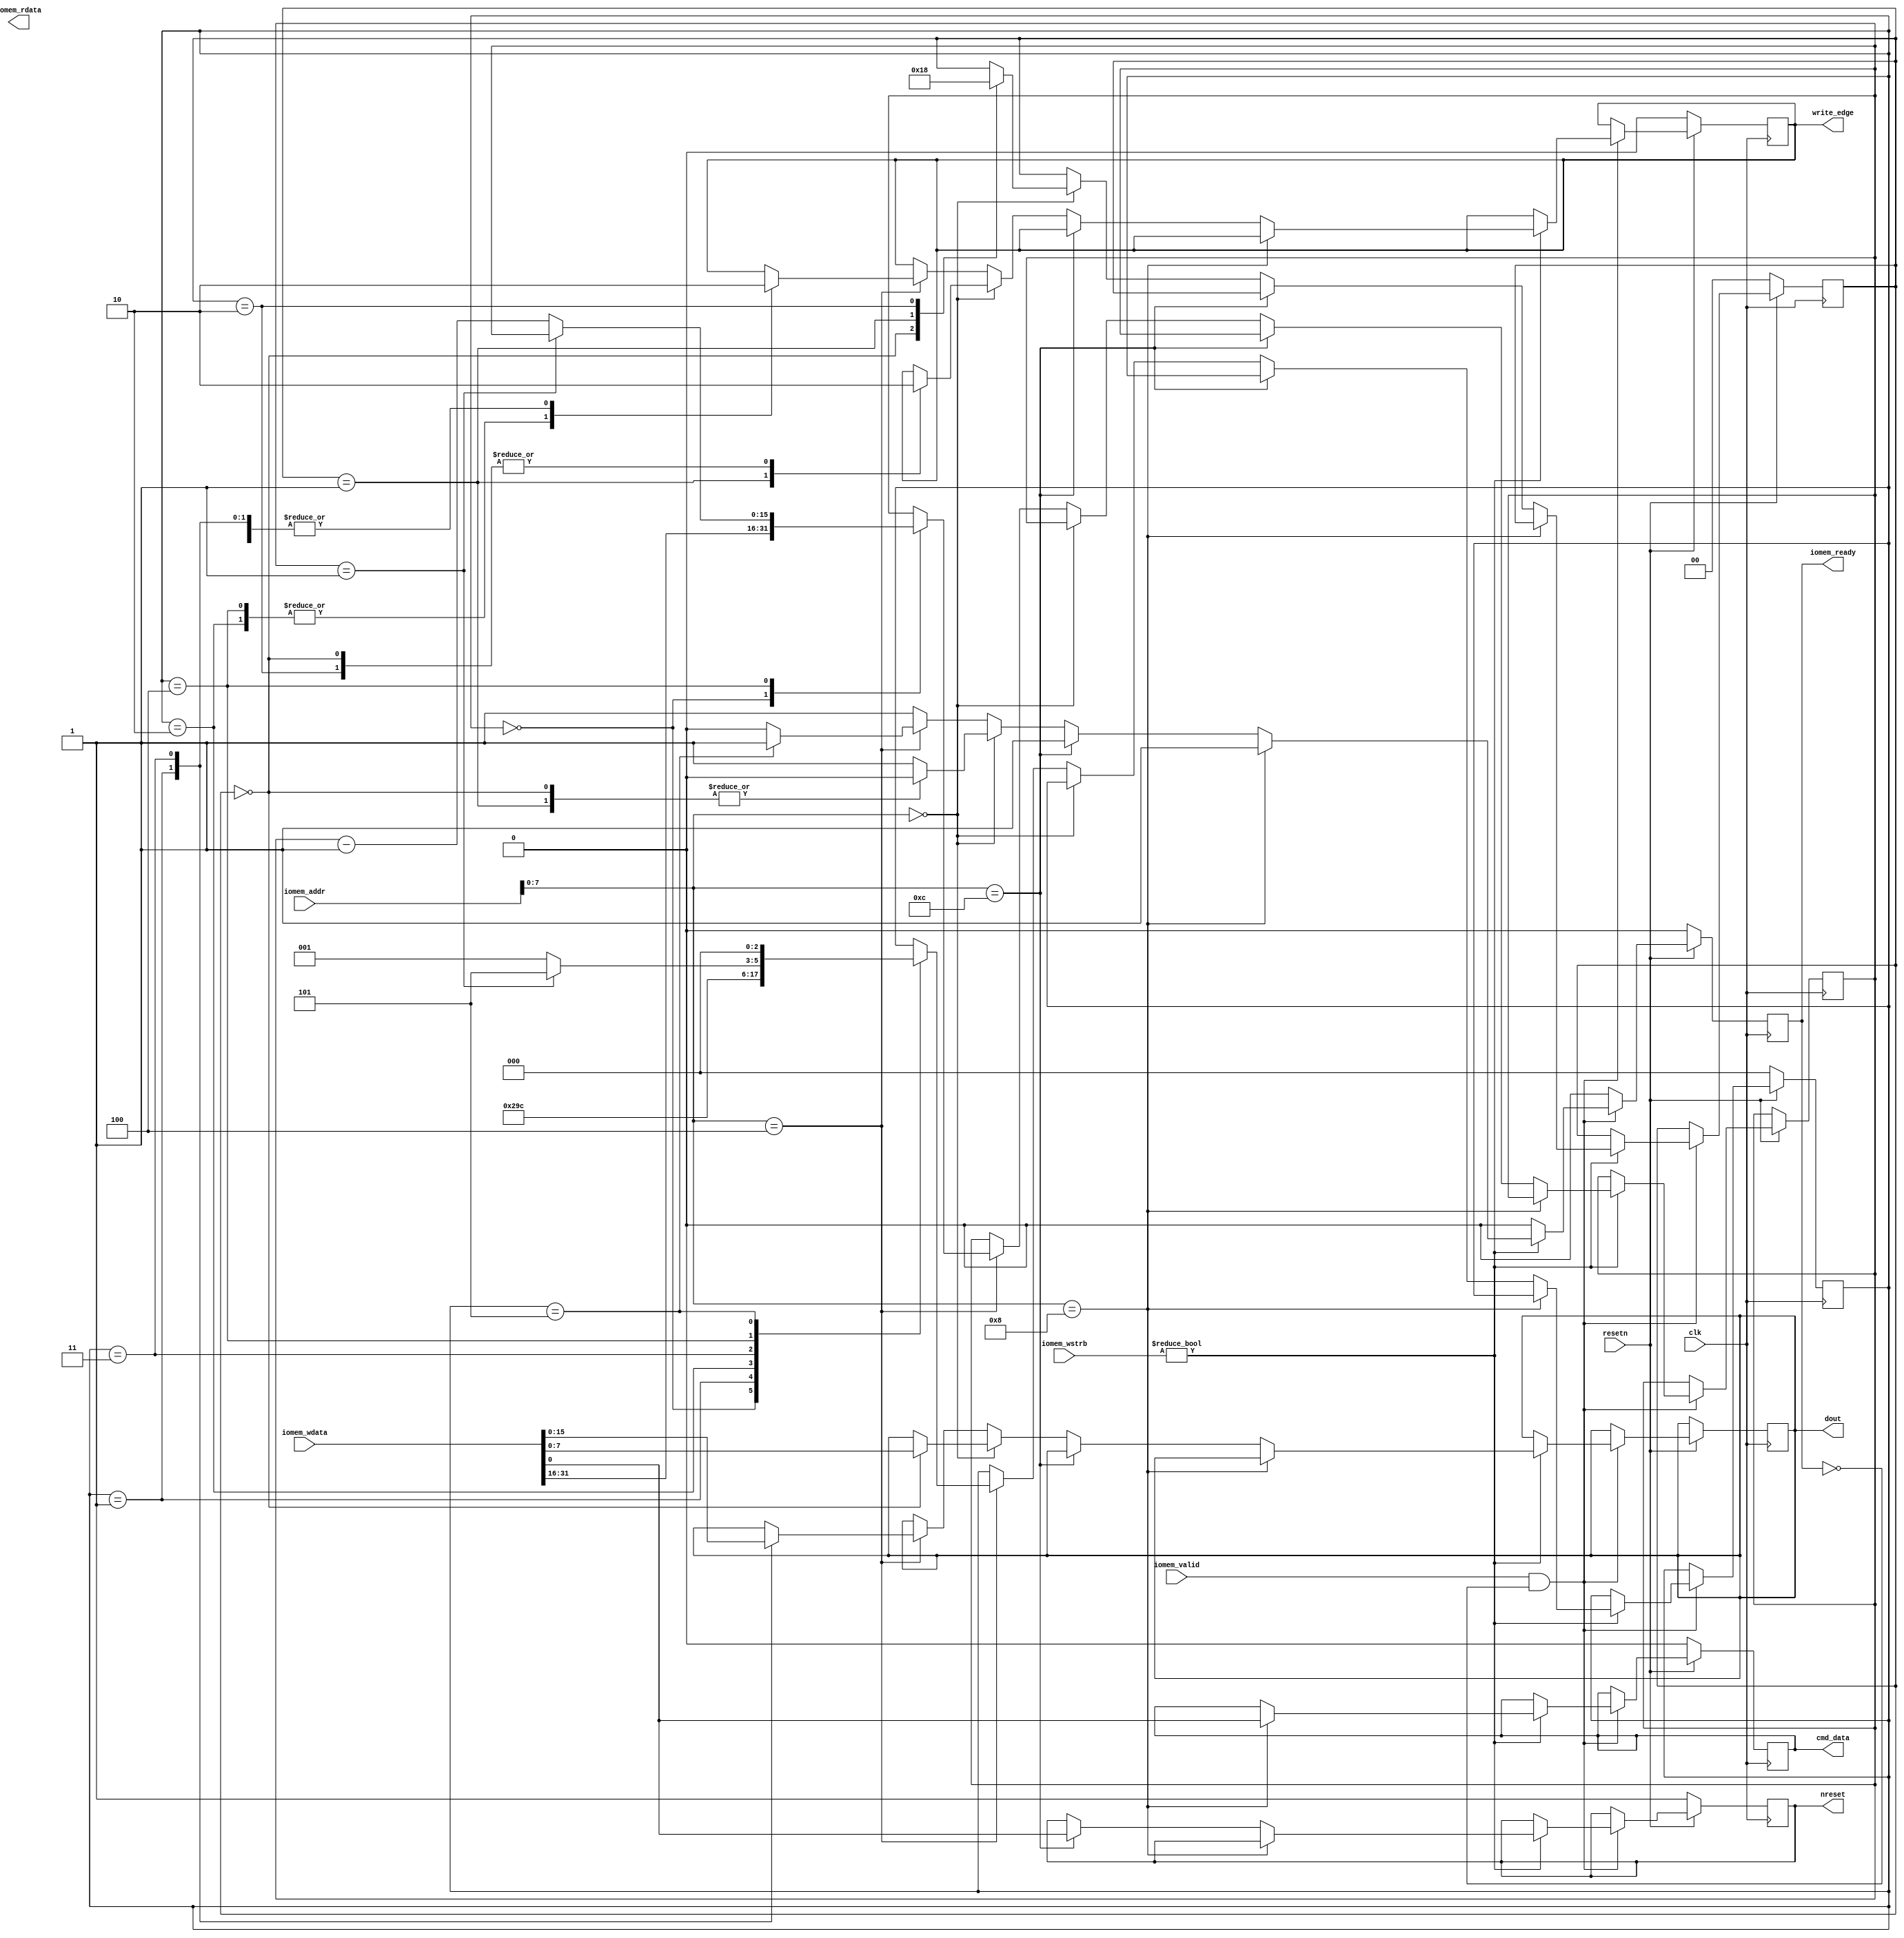
module ili9341_direct
(
  input            resetn,
  input            clk,
  input            iomem_valid,
  output reg       iomem_ready,
  input [3:0]      iomem_wstrb,
  input [31:0]     iomem_addr,
  input [31:0]     iomem_wdata,
  output [31:0]    iomem_rdata,
  output reg       nreset,
  output reg       cmd_data, // 1 => Data, 0 => Command
  output reg       write_edge, // Write signal on rising edge
  output reg [7:0] dout);

  reg [1:0] state = 0;
  reg [2:0] fast_state;
  reg [15:0] num_bytes;

  always @(posedge clk) begin
    iomem_ready <= 0;
    if (!resetn) begin
      state <= 0;
      fast_state <= 0;
      cmd_data <= 0;
      nreset <= 1;
      write_edge <= 0;
    end else if (iomem_valid && !iomem_ready) begin
      if (iomem_wstrb) begin
        iomem_ready <= 1;
        if (iomem_addr[7:0] == 'h08) cmd_data <= iomem_wdata;
        else if (iomem_addr[7:0] == 'h0c) nreset <= iomem_wdata;
        else if (iomem_addr[7:0] == 'h00) begin
          case (state)
            0 : begin
              write_edge <= 0;
              dout <= iomem_wdata[7:0];
              state <= 1;
              iomem_ready <= 0;
            end
            1 : begin
               write_edge <= 1;
               state <= 2;
               iomem_ready <= 0;
            end
            2 : begin
               write_edge <= 0;
               iomem_ready <= 1;
               state <= 0;
            end
          endcase
        end else if (iomem_addr[7:0] == 'h04) begin // fast xfer
          iomem_ready <= 0;
          case (fast_state)
            0 : begin
              num_bytes <= iomem_wdata[31:16];
              fast_state <= 1;
            end
            1: begin
              write_edge <= 0;
              dout <= iomem_wdata[15:8];
              fast_state <= 2;
            end
            2 : begin
               write_edge <= 1;
               fast_state <= 3;
            end
            3 : begin
               write_edge <= 0;
               dout <= iomem_wdata[7:0];
               fast_state <= 4;
            end
            4: begin
               write_edge <= 1;
               if (num_bytes == 1) begin
                 fast_state <= 5;
               end else begin
                 num_bytes <= num_bytes - 1;
                 fast_state <= 1;
              end
            end
            5: begin
               iomem_ready <= 1;
               write_edge <= 0;
               fast_state <= 0;
            end
          endcase
        end
      end
    end
  end

endmodule